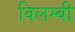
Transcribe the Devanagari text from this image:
विलम्बी